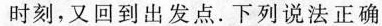
时刻，又回到出发点。下列说法正确